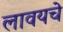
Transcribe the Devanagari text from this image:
लावयचे